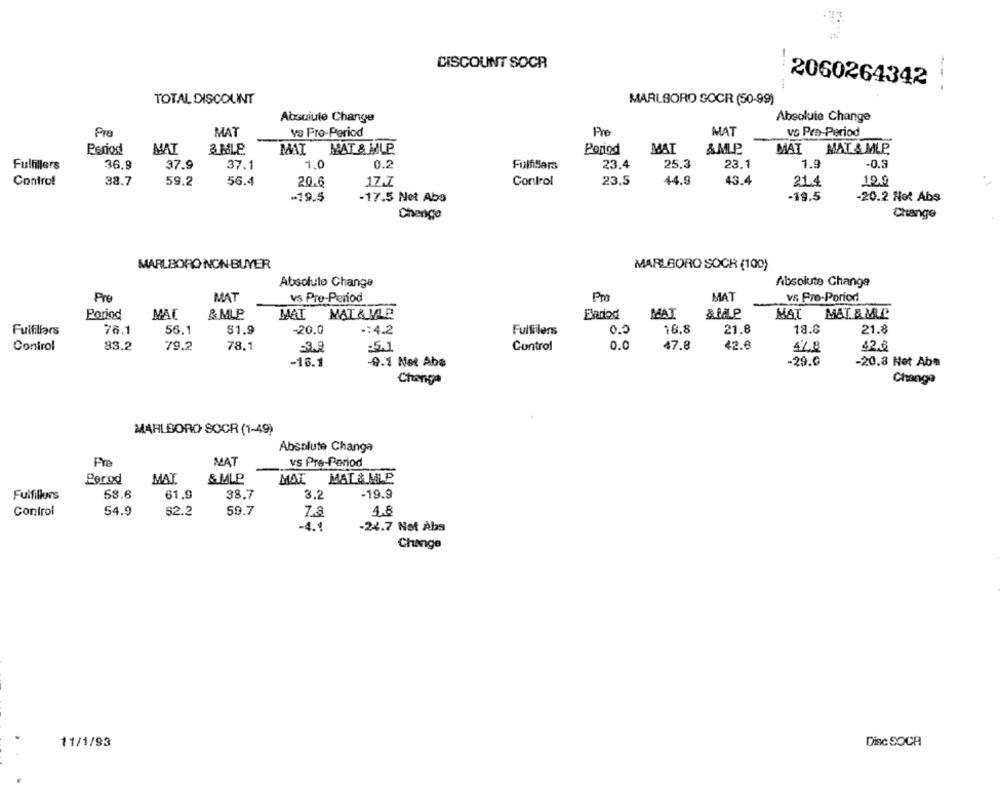
DISCOUNT SOCR
2060264342
---
TOTAL DISCOUNT
MARLBORO SOCR (50-99)
Absolute Change
Absolute Change
Pre
MAT
vs Pro-Period
Pre
MAT
vo Pro-Period
Period
MAT
& MLP
MAI MAT & MLP.
Period
MAT
&MLP
MAT
MAT & MLP.
Fulfillers
36.9
37.9
37.1
1.0
0.2
Fulfillara
23.4
25.3
23.1
1.9
-0.3
Control
38.7
59.2
56.4
20.6
17.7
Control
23,5
44.9
43.4
21.4
-19.5
-17.5 Net Abs
-19.5
-20.2 Not Abs
Change
Change
MARLBORO NON BUYER
MARLBORO SOCR (100)
Absoluto Change
Absolute Change
Pre
MAT
vs Pre-Period
Pro
MAT
VS Pro-Period
Period
MAT
& MLE
MAI MATRIAR
ERriod
MAT
& MLP
MAT
M&T & MLP
Fulfillars
76.1
56.1
51.9
-20.0
-: 4.2
Fulfillens
0.0
16.8
21.8
18.8
21.8
Control
83.2
79.2
78.1
3.2
Control
0.0
47.8
42.8
47.8
42.0
:5.1
-16.1
-9.1 Not Abs
-29.0
-20,8 Net Aba
Change
Change
MARLBORO SOCR (1-49)
Absolute Changa
Pro
MAT
vS Pre-Period
Porod
MAT
& MLP
MAT
MAT & MLP
Fulfillors
58.6
61,9
38.7
3.2
-19.9
Control
54.9
62.2
59.7
7.8
4.8
-4.1
-24.7 Not Abs
Change
11/1/93
Disc SOCA